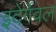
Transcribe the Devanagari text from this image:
इदेर्गेवल